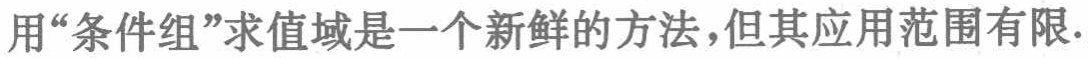
用“条件组”求值域是一个新鲜的方法，但其应用范围有限.